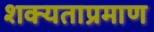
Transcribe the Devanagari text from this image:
शक्यताप्रमाण